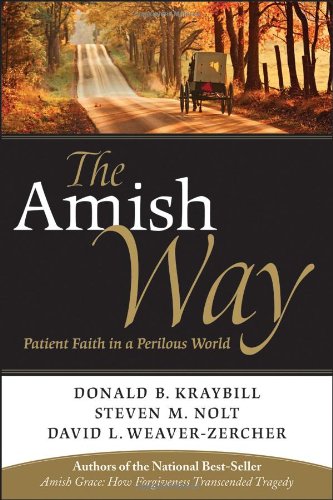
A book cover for The Amish Way: Patient Faith in a Perilous World; Donald B. Kraybill; Christian Books & Bibles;